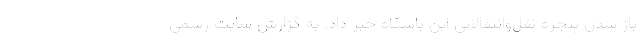
باز شدن پنجره نقل‌وانتقالاتی این باشگاه خبر داد. به گزارش سایت رسمی